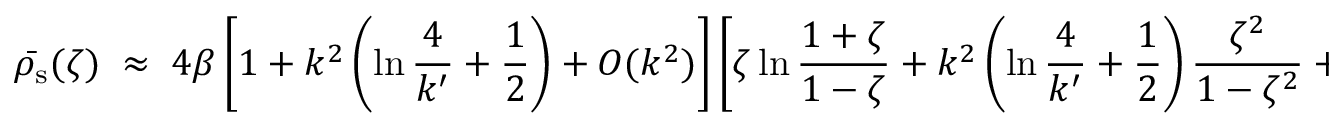
\bar { \rho _ { \mathrm { s } } } ( \zeta ) \; \approx \; 4 \beta \left[ 1 + k ^ { 2 } \left( \ln { \frac { 4 } { k ^ { \prime } } } + { \frac { 1 } { 2 } } \right) + O ( k ^ { 2 } ) \right] \left[ \zeta \ln { \frac { 1 + \zeta } { 1 - \zeta } } + k ^ { 2 } \left( \ln { \frac { 4 } { k ^ { \prime } } } + { \frac { 1 } { 2 } } \right) { \frac { \zeta ^ { 2 } } { 1 - \zeta ^ { 2 } } } + O ( k ^ { 2 } ) \right] \; ,